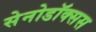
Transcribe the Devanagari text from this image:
सेनोडॉक्सस